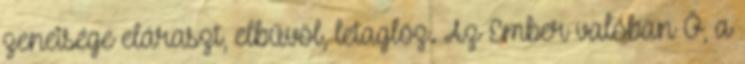
zeneisége eláraszt, elbűvöl, letaglóz. Az Ember valóban Ő, a